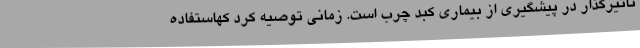
تاثیرگذار در پیشگیری از بیماری کبد چرب است. زمانی توصیه کرد کهاستفاده